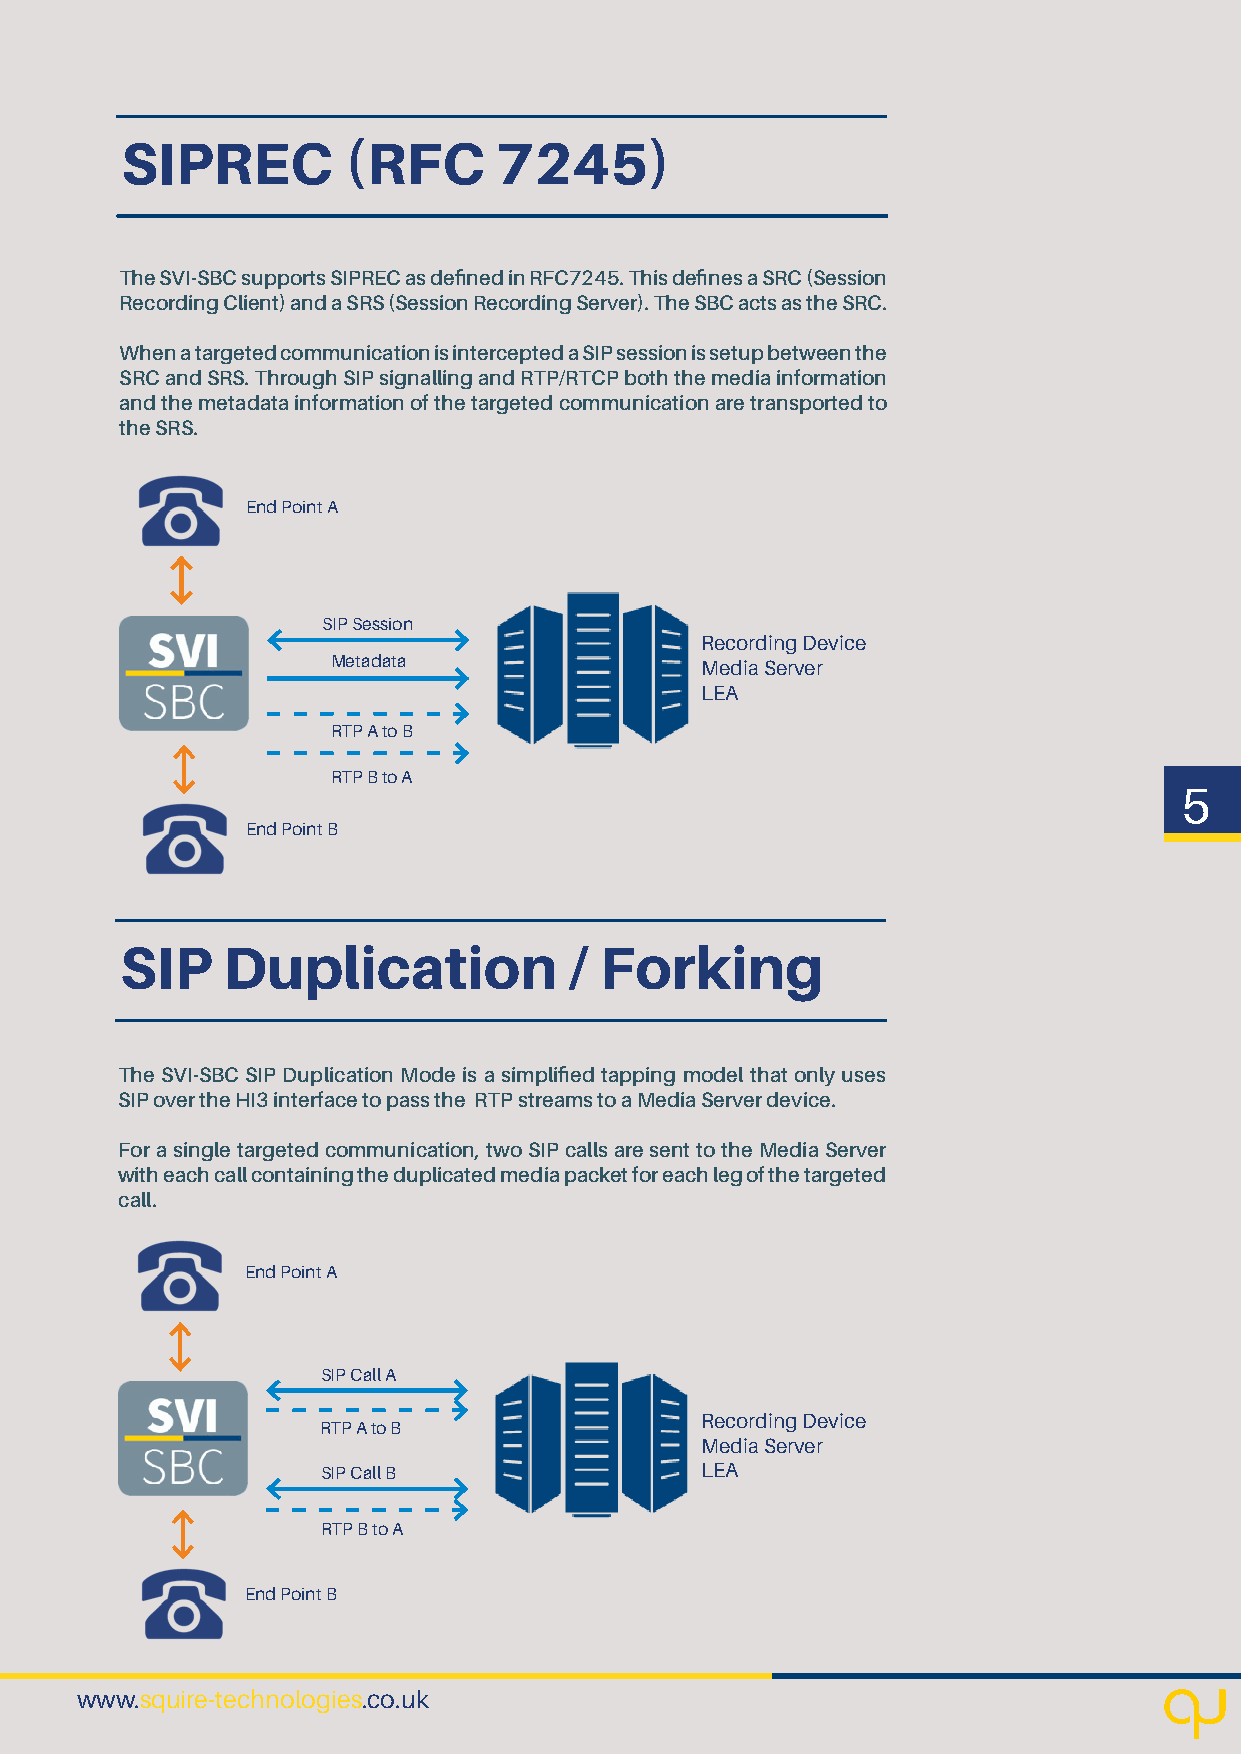
SIPREC         (RFC      7245)
 The SVI-SBC supports SIPREC as defined in RFC7245. This defines a SRC (Session
 Recording Client) and a SRS (Session Recording Server). The SBC acts as the SRC.
 When a targeted communication is intercepted a SIP session is setup between the
 SRC and SRS. Through SIP signalling and RTP/RTCP both the media information
 and the metadata information of the targeted communication are transported to
 the SRS.
 End Point A
 SIP Session
 Recording Device
 Metadata                Media Server
 LEA
 RTP A to B
 RTP B to A
 5
 End Point B
 SIP    Duplication            / Forking
 The SVI-SBC SIP Duplication Mode is a simplified tapping model that only uses
 SIP over the HI3 interface to pass the RTP streams to a Media Server device.
 For a single targeted communication, two SIP calls are sent to the Media Server
 with each call containing the duplicated media packet for each leg of the targeted
 call.
 End Point A
 SIP Call A
 Recording Device
 RTP A to B
 Media Server
 SIP Call B               LEA
 RTP B to A
 End Point B
 www.squire-technologies.co.uk